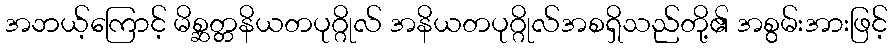
အဘယ့်ကြောင့် မိစ္ဆတ္တနိယတပုဂ္ဂိုလ် အနိယတပုဂ္ဂိုလ်အစရှိသည်တို့၏ အစွမ်းအားဖြင့်